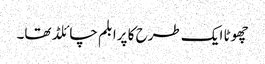
چھوٹا ایک طرح کا پرابلم چائلڈ تھا۔